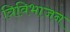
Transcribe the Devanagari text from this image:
त्रिविभाजन